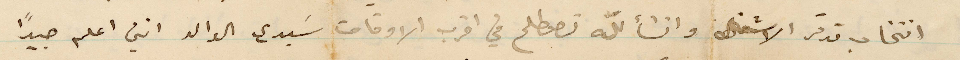
انتخاب تدقر الاشغال وانشالله تصطلح في اقرب الأوقات سيدي الوالد اني اعلم جيدًا